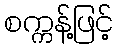
စက္ကန့်ဖြင့်